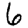
Digit: 6